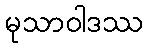
မုသာဝါဒဿ